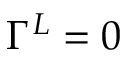
\Gamma ^ { L } = 0